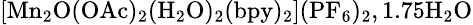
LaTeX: \mathrm{\small{[Mn_{2}O(OAc)_{2}(H_{2}O)_{2}(bpy)_{2}](PF_{6})_{2}},1.75H_{2}O}